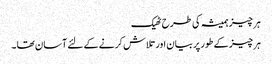
ہر چیز ہمیشہ کی طرح ٹھیک
ہر چیز کے طور پر بیان اور تلاش کرنے کے لئے آسان تھا ۔